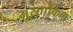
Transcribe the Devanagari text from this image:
मुस्ताकिम